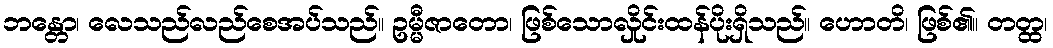
ဘန္တော၊ လေသည်လည်စေအပ်သည်။ ဥမ္မီဇာတော၊ ဖြစ်သောလှိုင်းထန်ပိုးရှိသည်။ ဟောတိ၊ ဖြစ်၏။ တတ္ထ၊